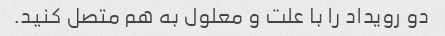
دو رویداد را با علت و معلول به هم متصل کنید.